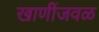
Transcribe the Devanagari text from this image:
खाणींजवळ